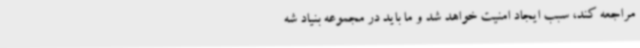
مراجعه کند، سبب ایجاد امنیت خواهد شد و ما باید در مجموعه بنیاد شه